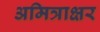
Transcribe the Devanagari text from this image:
अमित्राक्षर